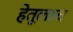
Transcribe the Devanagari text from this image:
हेतूलाच